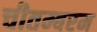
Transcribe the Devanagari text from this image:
चीतम्बरम